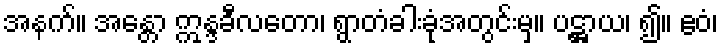
အနက်။ အန္တော ဣန္ဒခီလတော၊ ရွာတံခါးခုံအတွင်းမှ။ ပဋ္ဌာယ၊ ၍။ ဧဝံ၊